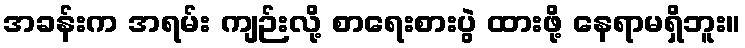
အခန်းက အရမ်း ကျဉ်းလို့ စာရေးစားပွဲ ထားဖို့ နေရာမရှိဘူး။